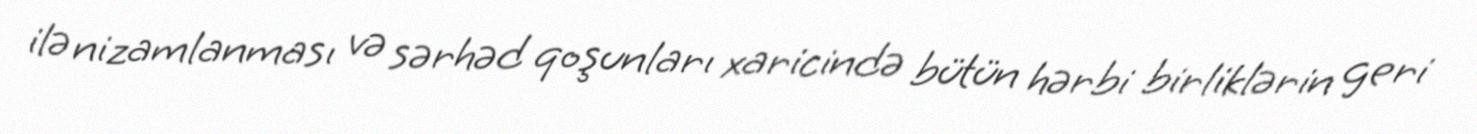
ilə nizamlanması və sərhəd qoşunları xaricində bütün hərbi birliklərin geri